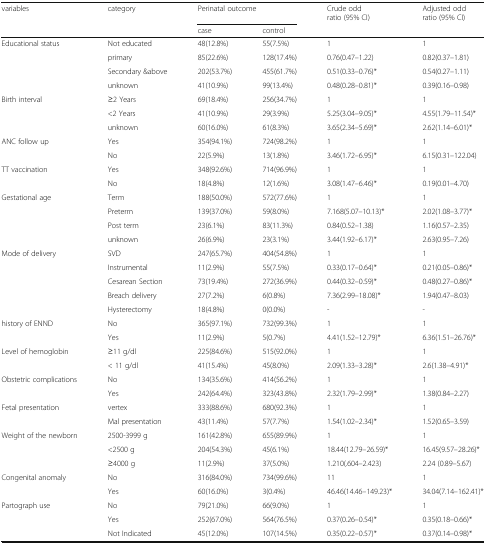
<table><thead><tr><td rowspan="2"><b>variables</b></td><td rowspan="2"><b>category</b></td><td colspan="2"><b>Perinatal outcome</b></td><td><b>Crude odd ratio (95% CI)</b></td><td rowspan="2"><b>Adjusted odd ratio (95% CI)</b></td></tr><tr><td><b>case</b></td><td><b>control</b></td><td></td></tr></thead><tbody><tr><td rowspan="4">Educational status</td><td>Not educated</td><td>48(12.8%)</td><td>55(7.5%)</td><td>1</td><td>1</td></tr><tr><td>primary</td><td>85(22.6%)</td><td>128(17.4%)</td><td>0.76(0.47–1.22)</td><td>0.82(0.37–1.81)</td></tr><tr><td>Secondary &amp;above</td><td>202(53.7%)</td><td>455(61.7%)</td><td>0.51(0.33–0.76)*</td><td>0.54(0.27–1.11)</td></tr><tr><td>unknown</td><td>41(10.9%)</td><td>99(13.4%)</td><td>0.48(0.28–0.81)*</td><td>0.39(0.16–0.98)</td></tr><tr><td rowspan="3">Birth interval</td><td>≥2 Years</td><td>69(18.4%)</td><td>256(34.7%)</td><td>1</td><td>1</td></tr><tr><td>&lt;2 Years</td><td>41(10.9%)</td><td>29(3.9%)</td><td>5.25(3.04–9.05)*</td><td>4.55(1.79–11.54)*</td></tr><tr><td>unknown</td><td>60(16.0%)</td><td>61(8.3%)</td><td>3.65(2.34–5.69)*</td><td>2.62(1.14–6.01)*</td></tr><tr><td rowspan="2">ANC follow up</td><td>Yes</td><td>354(94.1%)</td><td>724(98.2%)</td><td>1</td><td>1</td></tr><tr><td>No</td><td>22(5.9%)</td><td>13(1.8%)</td><td>3.46(1.72–6.95)*</td><td>6.15(0.31–122.04)</td></tr><tr><td rowspan="2">TT vaccination</td><td>Yes</td><td>348(92.6%)</td><td>714(96.9%)</td><td>1</td><td>1</td></tr><tr><td>No</td><td>18(4.8%)</td><td>12(1.6%)</td><td>3.08(1.47–6.46)*</td><td>0.19(0.01–4.70)</td></tr><tr><td rowspan="4">Gestational age</td><td>Term</td><td>188(50.0%)</td><td>572(77.6%)</td><td>1</td><td>1</td></tr><tr><td>Preterm</td><td>139(37.0%)</td><td>59(8.0%)</td><td>7.168(5.07–10.13)*</td><td>2.02(1.08–3.77)*</td></tr><tr><td>Post term</td><td>23(6.1%)</td><td>83(11.3%)</td><td>0.84(0.52–1.38)</td><td>1.16(0.57–2.35)</td></tr><tr><td>unknown</td><td>26(6.9%)</td><td>23(3.1%)</td><td>3.44(1.92–6.17)*</td><td>2.63(0.95–7.26)</td></tr><tr><td rowspan="5">Mode of delivery</td><td>SVD</td><td>247(65.7%)</td><td>404(54.8%)</td><td>1</td><td>1</td></tr><tr><td>Instrumental</td><td>11(2.9%)</td><td>55(7.5%)</td><td>0.33(0.17–0.64)*</td><td>0.21(0.05–0.86)*</td></tr><tr><td>Cesarean Section</td><td>73(19.4%)</td><td>272(36.9%)</td><td>0.44(0.32–0.59)*</td><td>0.48(0.27–0.86)*</td></tr><tr><td>Breach delivery</td><td>27(7.2%)</td><td>6(0.8%)</td><td>7.36(2.99–18.08)*</td><td>1.94(0.47–8.03)</td></tr><tr><td>Hysterectomy</td><td>18(4.8%)</td><td>0(0.0%)</td><td>-</td><td>-</td></tr><tr><td rowspan="2">history of ENND</td><td>No</td><td>365(97.1%)</td><td>732(99.3%)</td><td>1</td><td>1</td></tr><tr><td>Yes</td><td>11(2.9%)</td><td>5(0.7%)</td><td>4.41(1.52–12.79)*</td><td>6.36(1.51–26.76)*</td></tr><tr><td rowspan="2">Level of hemoglobin</td><td>≥11 g/dl</td><td>225(84.6%)</td><td>515(92.0%)</td><td>1</td><td>1</td></tr><tr><td>&lt; 11 g/dl</td><td>41(15.4%)</td><td>45(8.0%)</td><td>2.09(1.33–3.28)*</td><td>2.6(1.38–4.91)*</td></tr><tr><td rowspan="2">Obstetric complications</td><td>No</td><td>134(35.6%)</td><td>414(56.2%)</td><td>1</td><td>1</td></tr><tr><td>Yes</td><td>242(64.4%)</td><td>323(43.8%)</td><td>2.32(1.79–2.99)*</td><td>1.38(0.84–2.27)</td></tr><tr><td rowspan="2">Fetal presentation</td><td>vertex</td><td>333(88.6%)</td><td>680(92.3%)</td><td>1</td><td>1</td></tr><tr><td>Mal presentation</td><td>43(11.4%)</td><td>57(7.7%)</td><td>1.54(1.02–2.34)*</td><td>1.52(0.65–3.59)</td></tr><tr><td rowspan="3">Weight of the newborn</td><td>2500-3999 g</td><td>161(42.8%)</td><td>655(89.9%)</td><td>1</td><td>1</td></tr><tr><td>&lt;2500 g</td><td>204(54.3%)</td><td>45(6.1%)</td><td>18.44(12.79–26.59)*</td><td>16.45(9.57–28.26)*</td></tr><tr><td>≥4000 g</td><td>11(2.9%)</td><td>37(5.0%)</td><td>1.210(.604–2.423)</td><td>2.24 (0.89–5.67)</td></tr><tr><td rowspan="2">Congenital anomaly</td><td>No</td><td>316(84.0%)</td><td>734(99.6%)</td><td>11</td><td>1</td></tr><tr><td>Yes</td><td>60(16.0%)</td><td>3(0.4%)</td><td>46.46(14.46–149.23)*</td><td>34.04(7.14–162.41)*</td></tr><tr><td rowspan="3">Partograph use</td><td>No</td><td>79(21.0%)</td><td>66(9.0%)</td><td>1</td><td>1</td></tr><tr><td>Yes</td><td>252(67.0%)</td><td>564(76.5%)</td><td>0.37(0.26–0.54)*</td><td>0.35(0.18–0.66)*</td></tr><tr><td>Not Indicated</td><td>45(12.0%)</td><td>107(14.5%)</td><td>0.35(0.22–0.57)*</td><td>0.37(0.14–0.98)*</td></tr></tbody></table>